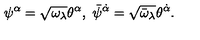
\psi ^ { \alpha } = \sqrt { \omega _ { \lambda } } \theta ^ { \alpha } , \ \bar { \psi } ^ { \dot { \alpha } } = \sqrt { \bar { \omega } _ { \lambda } } \theta ^ { \dot { \alpha } } .